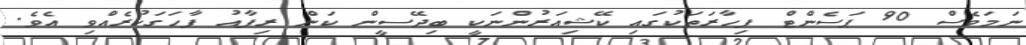
ނަމަވެސް 90 ޕަސެންޓް ފިހާރަތަކުގައި ކޭޝިއަރުންނަކީ ބިދޭސީން ކަން ރިފާއު ފާހަގަކުރެއްވި އެވެ.